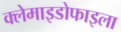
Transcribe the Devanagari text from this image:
क्लेमाइडोफाइला